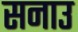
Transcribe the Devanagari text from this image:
सनाउ